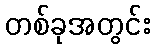
တစ်ခုအတွင်း